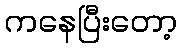
ကနေပြီးတော့